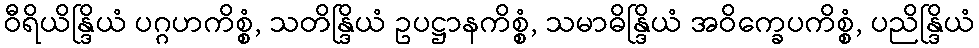
ဝီရိယိန္ဒြိယံ ပဂ္ဂဟကိစ္စံ, သတိန္ဒြိယံ ဥပဋ္ဌာနကိစ္စံ, သမာဓိန္ဒြိယံ အဝိက္ခေပကိစ္စံ, ပညိန္ဒြိယံ